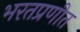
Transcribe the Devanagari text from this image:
भरतप्रणीत